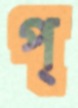
প্